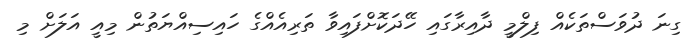
ގިނަ ދުވަސްތަކެއް ފިލްމީ ދާއިރާގައި ހޭދަކޮށްފައިވާ ތަރިއެއްގެ ހައިސިއްޔަތުން މިއީ އަލަށް މި